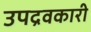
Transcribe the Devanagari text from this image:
उपद्रवकारी